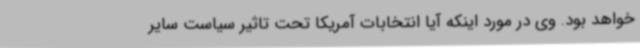
خواهد بود. وی در مورد اینکه آیا انتخابات آمریکا تحت تاثیر سیاست سایر